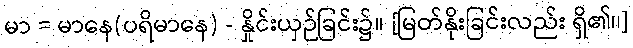
မာ = မာနေ(ပရိမာနေ) - နှိုင်းယှဉ်ခြင်း၌။ [မြတ်နိုးခြင်းလည်း ရှိ၏၊၊]